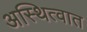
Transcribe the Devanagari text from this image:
अस्थित्वात